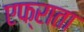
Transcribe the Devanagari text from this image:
एफ्राता